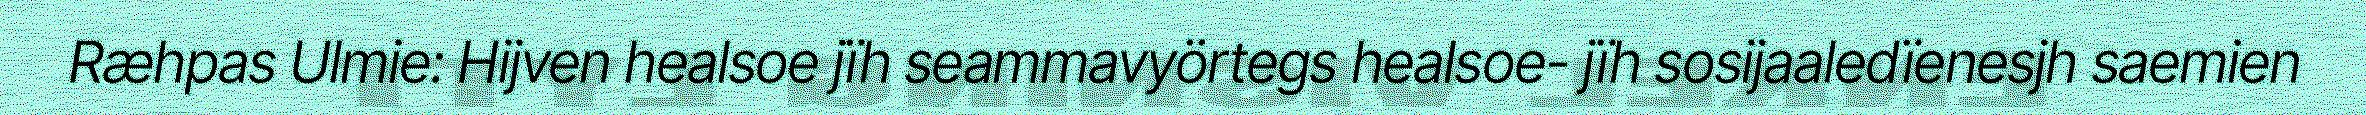
Ræhpas Ulmie: Hijven healsoe jïh seammavyörtegs healsoe- jïh sosijaaledïenesjh saemien